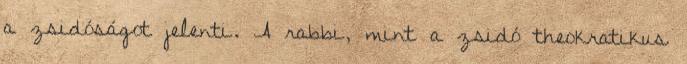
a zsidóságot jelenti. A rabbi, mint a zsidó theokratikus